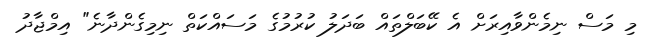
މި މަސް ނިމެންވާއިރަށް އެ ކޭބަލްތައް ބަދަލު ކުރުމުގެ މަސައްކަތް ނިމިގެންދާނެ" އިމްޖާދު